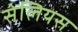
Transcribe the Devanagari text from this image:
सेलियस